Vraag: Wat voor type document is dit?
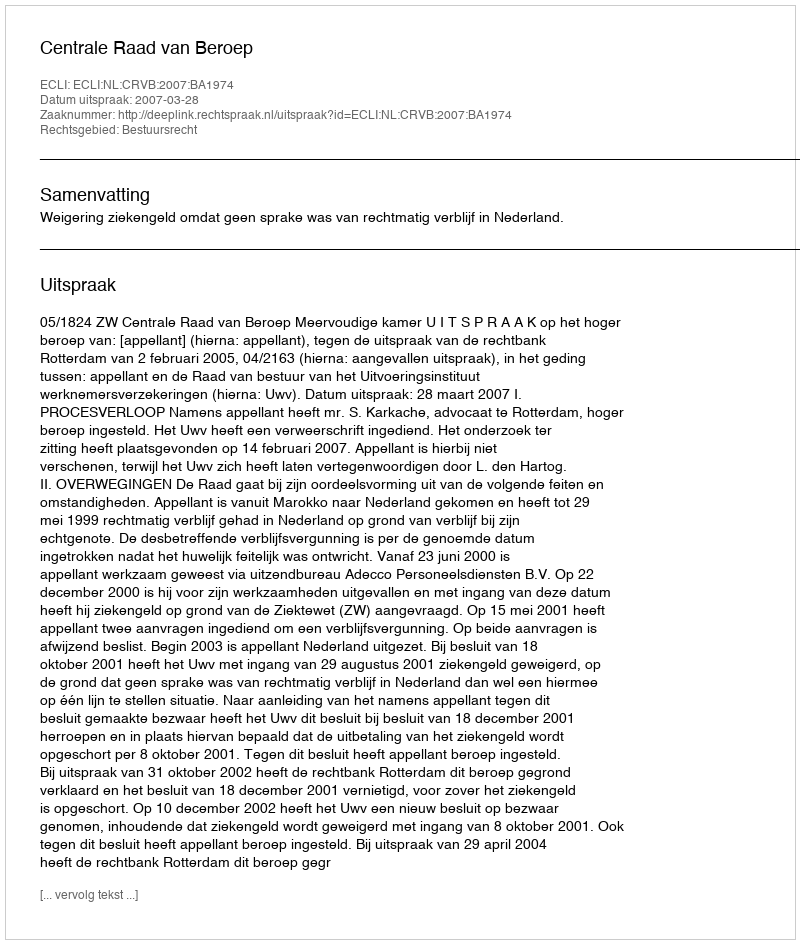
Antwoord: Uitspraak